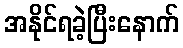
အနိုင်ရခဲ့ပြီးနောက်